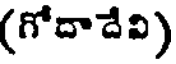
(గోదాదేవి)